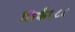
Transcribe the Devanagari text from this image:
सिर्फ१८८